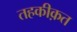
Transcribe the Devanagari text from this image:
तहकीक़त